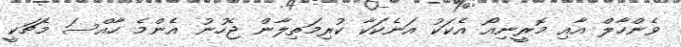
ވެންހާލް އާއި މޮރީނިއޯ އެކަކު އަނެކަކާ ކުރިމަތިލާން ޖެހުނު އެންމެ ހާއްސަ މެޗަކީ